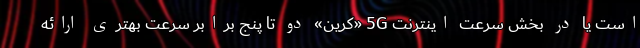
است یا در بخش سرعت اینترنت 5G «کرین» دو تا پنج برابر سرعت بهتری ارائه